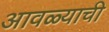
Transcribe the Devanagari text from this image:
आवळ्याची